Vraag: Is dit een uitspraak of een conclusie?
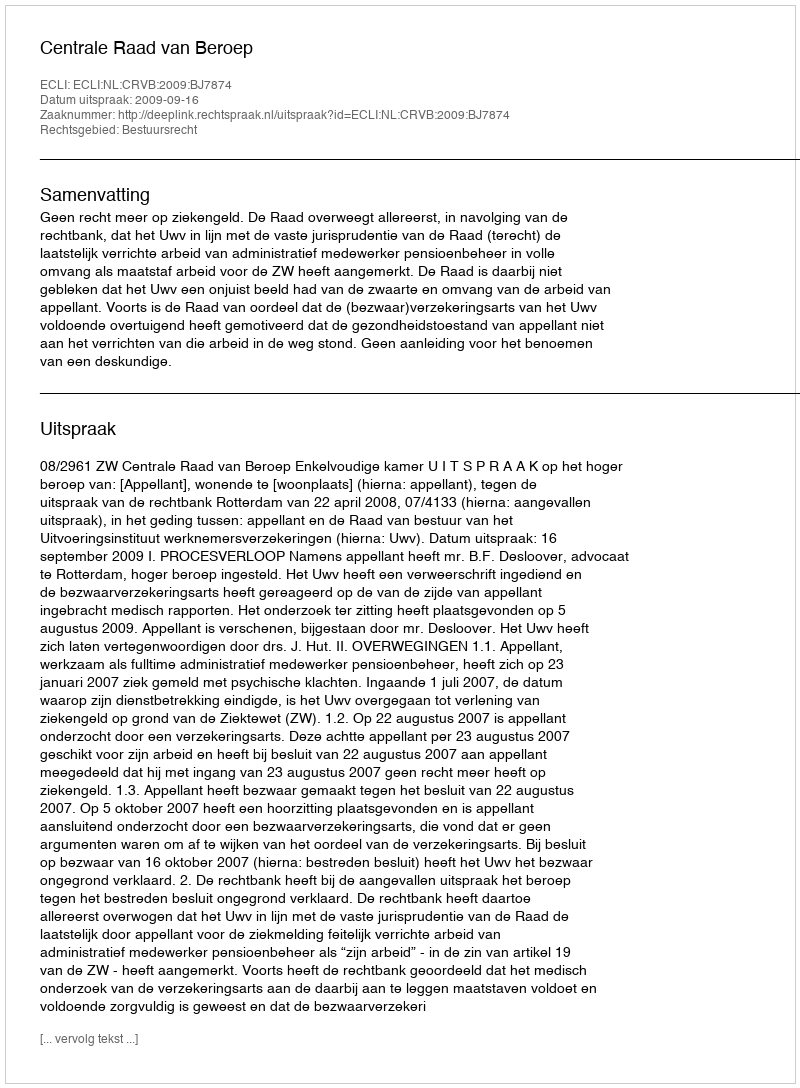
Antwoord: Uitspraak